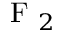
\mathrm { ~ F ~ } _ { 2 }